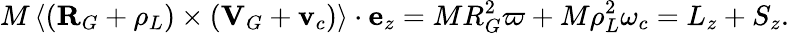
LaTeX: M\left\langle\left(\mathbf{R}_{G}+\mathbf{\rho}_{L}\right)\times\left(\mathbf{V}_{G}+\mathbf{v}_{c}\right)\right\rangle\cdot\mathbf{e}_{z}=MR_{G}^{2}\varpi+M\rho_{L}^{2}\omega_{c}=L_{z}+S_{z}.